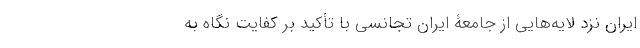
ایران نزد لایه‌هایی از جامعۀ ایران تجانسی با تأکید بر کفایت نگاه به